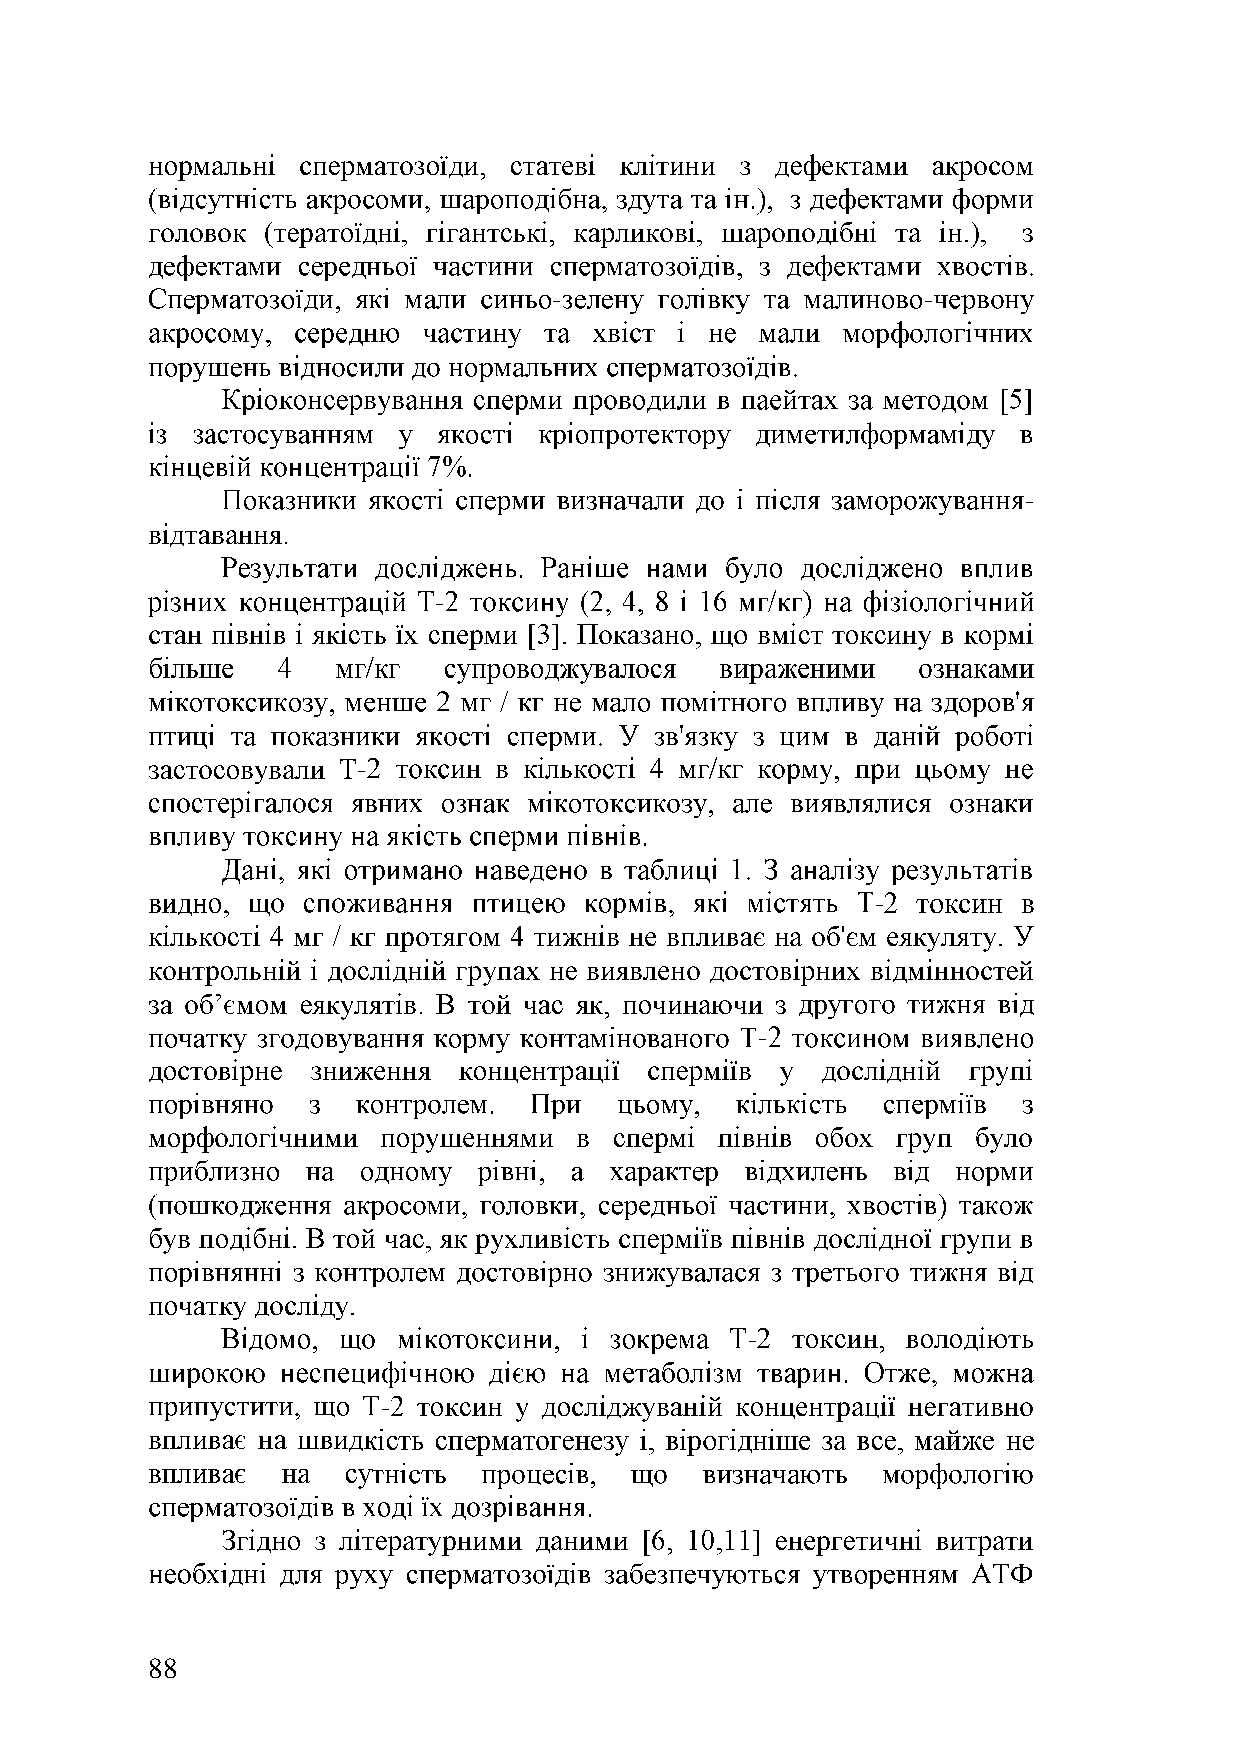
-                       -
 -
 -
 -
 -
 -
 -
 -
 88